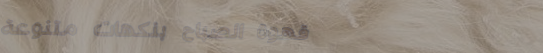
قهوة الصباح بنكهات متنوعة